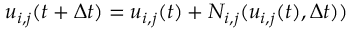
u _ { i , j } ( t + \Delta t ) = u _ { i , j } ( t ) + N _ { i , j } ( u _ { i , j } ( t ) , \Delta t ) )